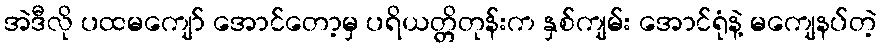
အဲဒီလို ပထမကျော် အောင်တော့မှ ပရိယတ္တိတုန်းက နှစ်ကျမ်း အောင်ရုံနဲ့ မကျေနပ်တဲ့